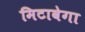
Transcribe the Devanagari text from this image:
मिटावेगा